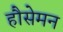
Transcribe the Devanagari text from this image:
हौसेमन